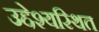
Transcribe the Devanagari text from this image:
उद्देश्यस्थित